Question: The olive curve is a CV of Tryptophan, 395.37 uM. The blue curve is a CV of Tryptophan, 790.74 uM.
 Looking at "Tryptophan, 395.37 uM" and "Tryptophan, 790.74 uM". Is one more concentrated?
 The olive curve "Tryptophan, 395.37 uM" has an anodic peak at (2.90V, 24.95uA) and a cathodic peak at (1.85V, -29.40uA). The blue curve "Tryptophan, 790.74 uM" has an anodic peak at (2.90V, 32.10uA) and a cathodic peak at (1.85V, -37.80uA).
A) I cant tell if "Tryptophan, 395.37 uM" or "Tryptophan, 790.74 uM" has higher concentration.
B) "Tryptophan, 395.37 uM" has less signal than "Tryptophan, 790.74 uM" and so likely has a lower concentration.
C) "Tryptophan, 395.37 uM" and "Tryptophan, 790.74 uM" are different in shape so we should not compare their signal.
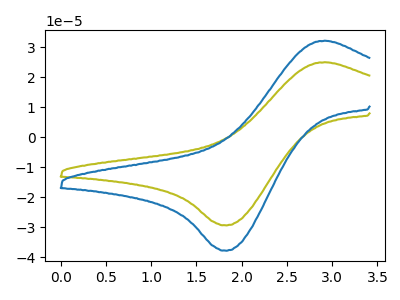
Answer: <think>All the peaks in "Tryptophan, 395.37 uM" have a peak in "Tryptophan, 790.74 uM" at the same potential. Every peak in "Tryptophan, 395.37 uM" is lower than every peak in "Tryptophan, 790.74 uM".
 </think>
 <answer>B) "Tryptophan, 395.37 uM" has less signal than "Tryptophan, 790.74 uM" and so likely has a lower concentration.</answer>
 <eval>B</eval>